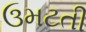
ઉમટતી